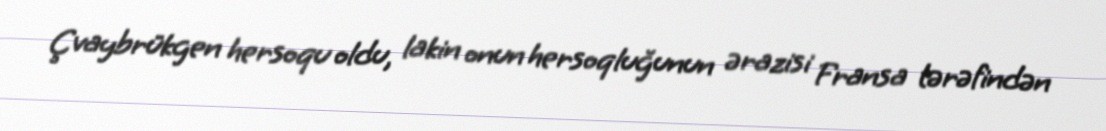
Çvaybrükgen hersoqu oldu, lakin onun hersoqluğunun ərazisi Fransa tərəfindən